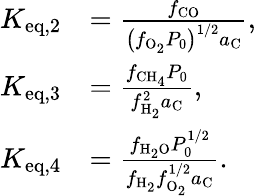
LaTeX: \begin{array}{rl}{K_{\mathrm{eq,2}}}&{=\frac{f_{\mathrm{CO}}}{\left(f_{\mathrm{O_{2}}}P_{0}\right)^{1/2}a_{\mathrm{C}}},}\\ {K_{\mathrm{eq,3}}}&{=\frac{f_{\mathrm{CH_{4}}}P_{0}}{f_{\mathrm{H_{2}}}^{2}a_{\mathrm{C}}},}\\ {K_{\mathrm{eq,4}}}&{=\frac{f_{\mathrm{H_{2}O}}P_{0}^{1/2}}{f_{\mathrm{H_{2}}}f_{\mathrm{O_{2}}}^{1/2}a_{\mathrm{C}}}.}\end{array}